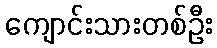
ကျောင်းသားတစ်ဦး